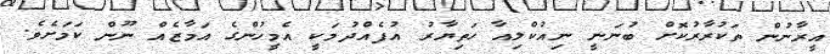
އީރާނުން ތަކުރާރުކޮށް ބުނަނީ ނިއުކްލިއާ ހަތިޔާރު އުފެއްދުމަކީ އެމީހުންގެ އަމާޒެއް ނޫން ކަމަށެވެ.